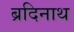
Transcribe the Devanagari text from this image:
ब्रदिनाथ